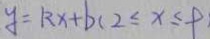
y = k x + b ( 2 \leq x \leq 9 )